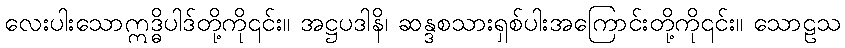
လေးပါးသောဣဒ္ဓိပါဒ်တို့ကို၎င်း။ အဋ္ဌပဒါနိ၊ ဆန္ဒစသားရှစ်ပါးအကြောင်းတို့ကို၎င်း။ သောဠသ